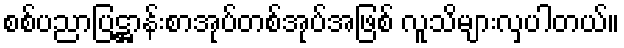
စစ်ပညာပြဋ္ဌာန်းစာအုပ်တစ်အုပ်အဖြစ် လူသိများလှပါတယ်။